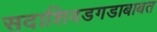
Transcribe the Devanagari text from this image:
सदाशिवडगडाबाबत